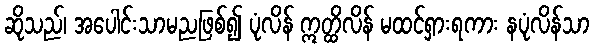
ဆိုသည်၊ အပေါင်းသာမညဖြစ်၍ ပုံလိန် ဣတ္ထိလိန် မထင်ရှားရကား နပုံလိန်သာ